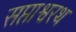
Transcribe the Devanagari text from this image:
सप्ताश्वरथ